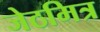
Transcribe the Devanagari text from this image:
जेठमित्र